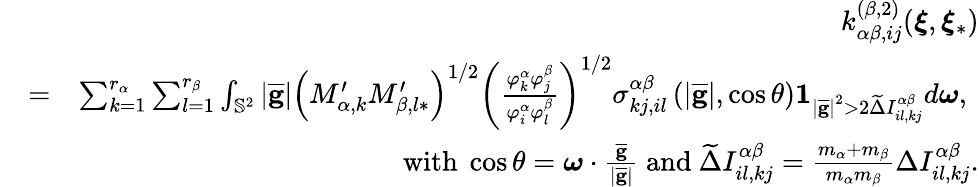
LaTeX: \begin{array}{rlr}&{}&{k_{\alpha\beta,ij}^{\left(\beta,2\right)}(\boldsymbol{\xi},\boldsymbol{\xi}_{\ast})}\\ &{=}&{\sum_{k=1}^{r_{\alpha}}\sum_{l=1}^{r_{\beta}}\int_{\mathbb{S}^{2}}\left\vert\overline{{\mathbf{g}}}\right\vert\left(M_{\alpha,k}^{\prime}M_{\beta,l\ast}^{\prime}\right)^{1/2}\left(\frac{\varphi_{k}^{\alpha}\varphi_{j}^{\beta}}{\varphi_{i}^{\alpha}\varphi_{l}^{\beta}}\right)^{1/2}\sigma_{kj,il}^{\alpha\beta}\left(\left\vert\overline{{\mathbf{g}}}\right\vert,\cos\theta\right)\mathbf{1}_{\left\vert\overline{{\mathbf{g}}}\right\vert^{2}>2\widetilde{\Delta}I_{il,kj}^{\alpha\beta}}d\boldsymbol{\omega}\mathrm{,~}}\\ &{}&{\mathrm{with~}\cos\theta=\boldsymbol{\omega}\cdot\frac{\overline{{\mathbf{g}}}}{\left\vert\overline{{\mathbf{g}}}\right\vert}\mathrm{~and~}\widetilde{\Delta}I_{il,kj}^{\alpha\beta}=\frac{m_{\alpha}+m_{\beta}}{m_{\alpha}m_{\beta}}\Delta I_{il,kj}^{\alpha\beta}\mathrm{.}}\end{array}